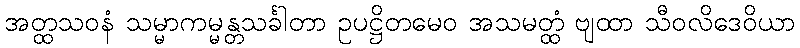
အတ္ထသဝနံ သမ္မာကမ္မန္တသင်္ခါတာ ဥပဋ္ဌိတမေဝ အသမတ္ထံ ဗျထာ သီဝလိဒေဝိယာ